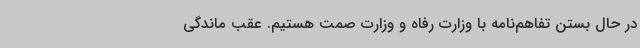
در حال بستن تفاهم‌نامه با وزارت رفاه و وزارت صمت هستیم. عقب ماندگی